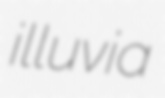
illuvia